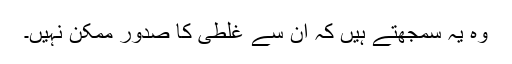
وہ یہ سمجھتے ہیں کہ ان سے غلطی کا صدور ممکن نہیں۔